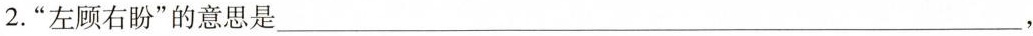
2.”左顾右盼”的意思是___，